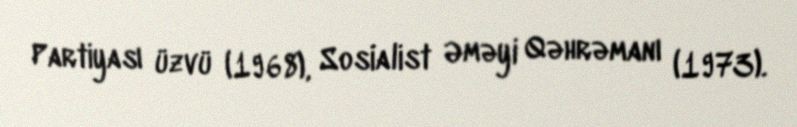
Partiyası üzvü (1968), Sosialist Əməyi Qəhrəmanı (1973).